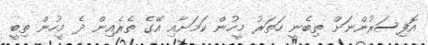
އޮފިސަރުންނަށް ތިބެނީ ހަތަރު މީހުން ކަމަށާއި އޭގެ ތެރެއިން ދެ މީހުން ތިބީ